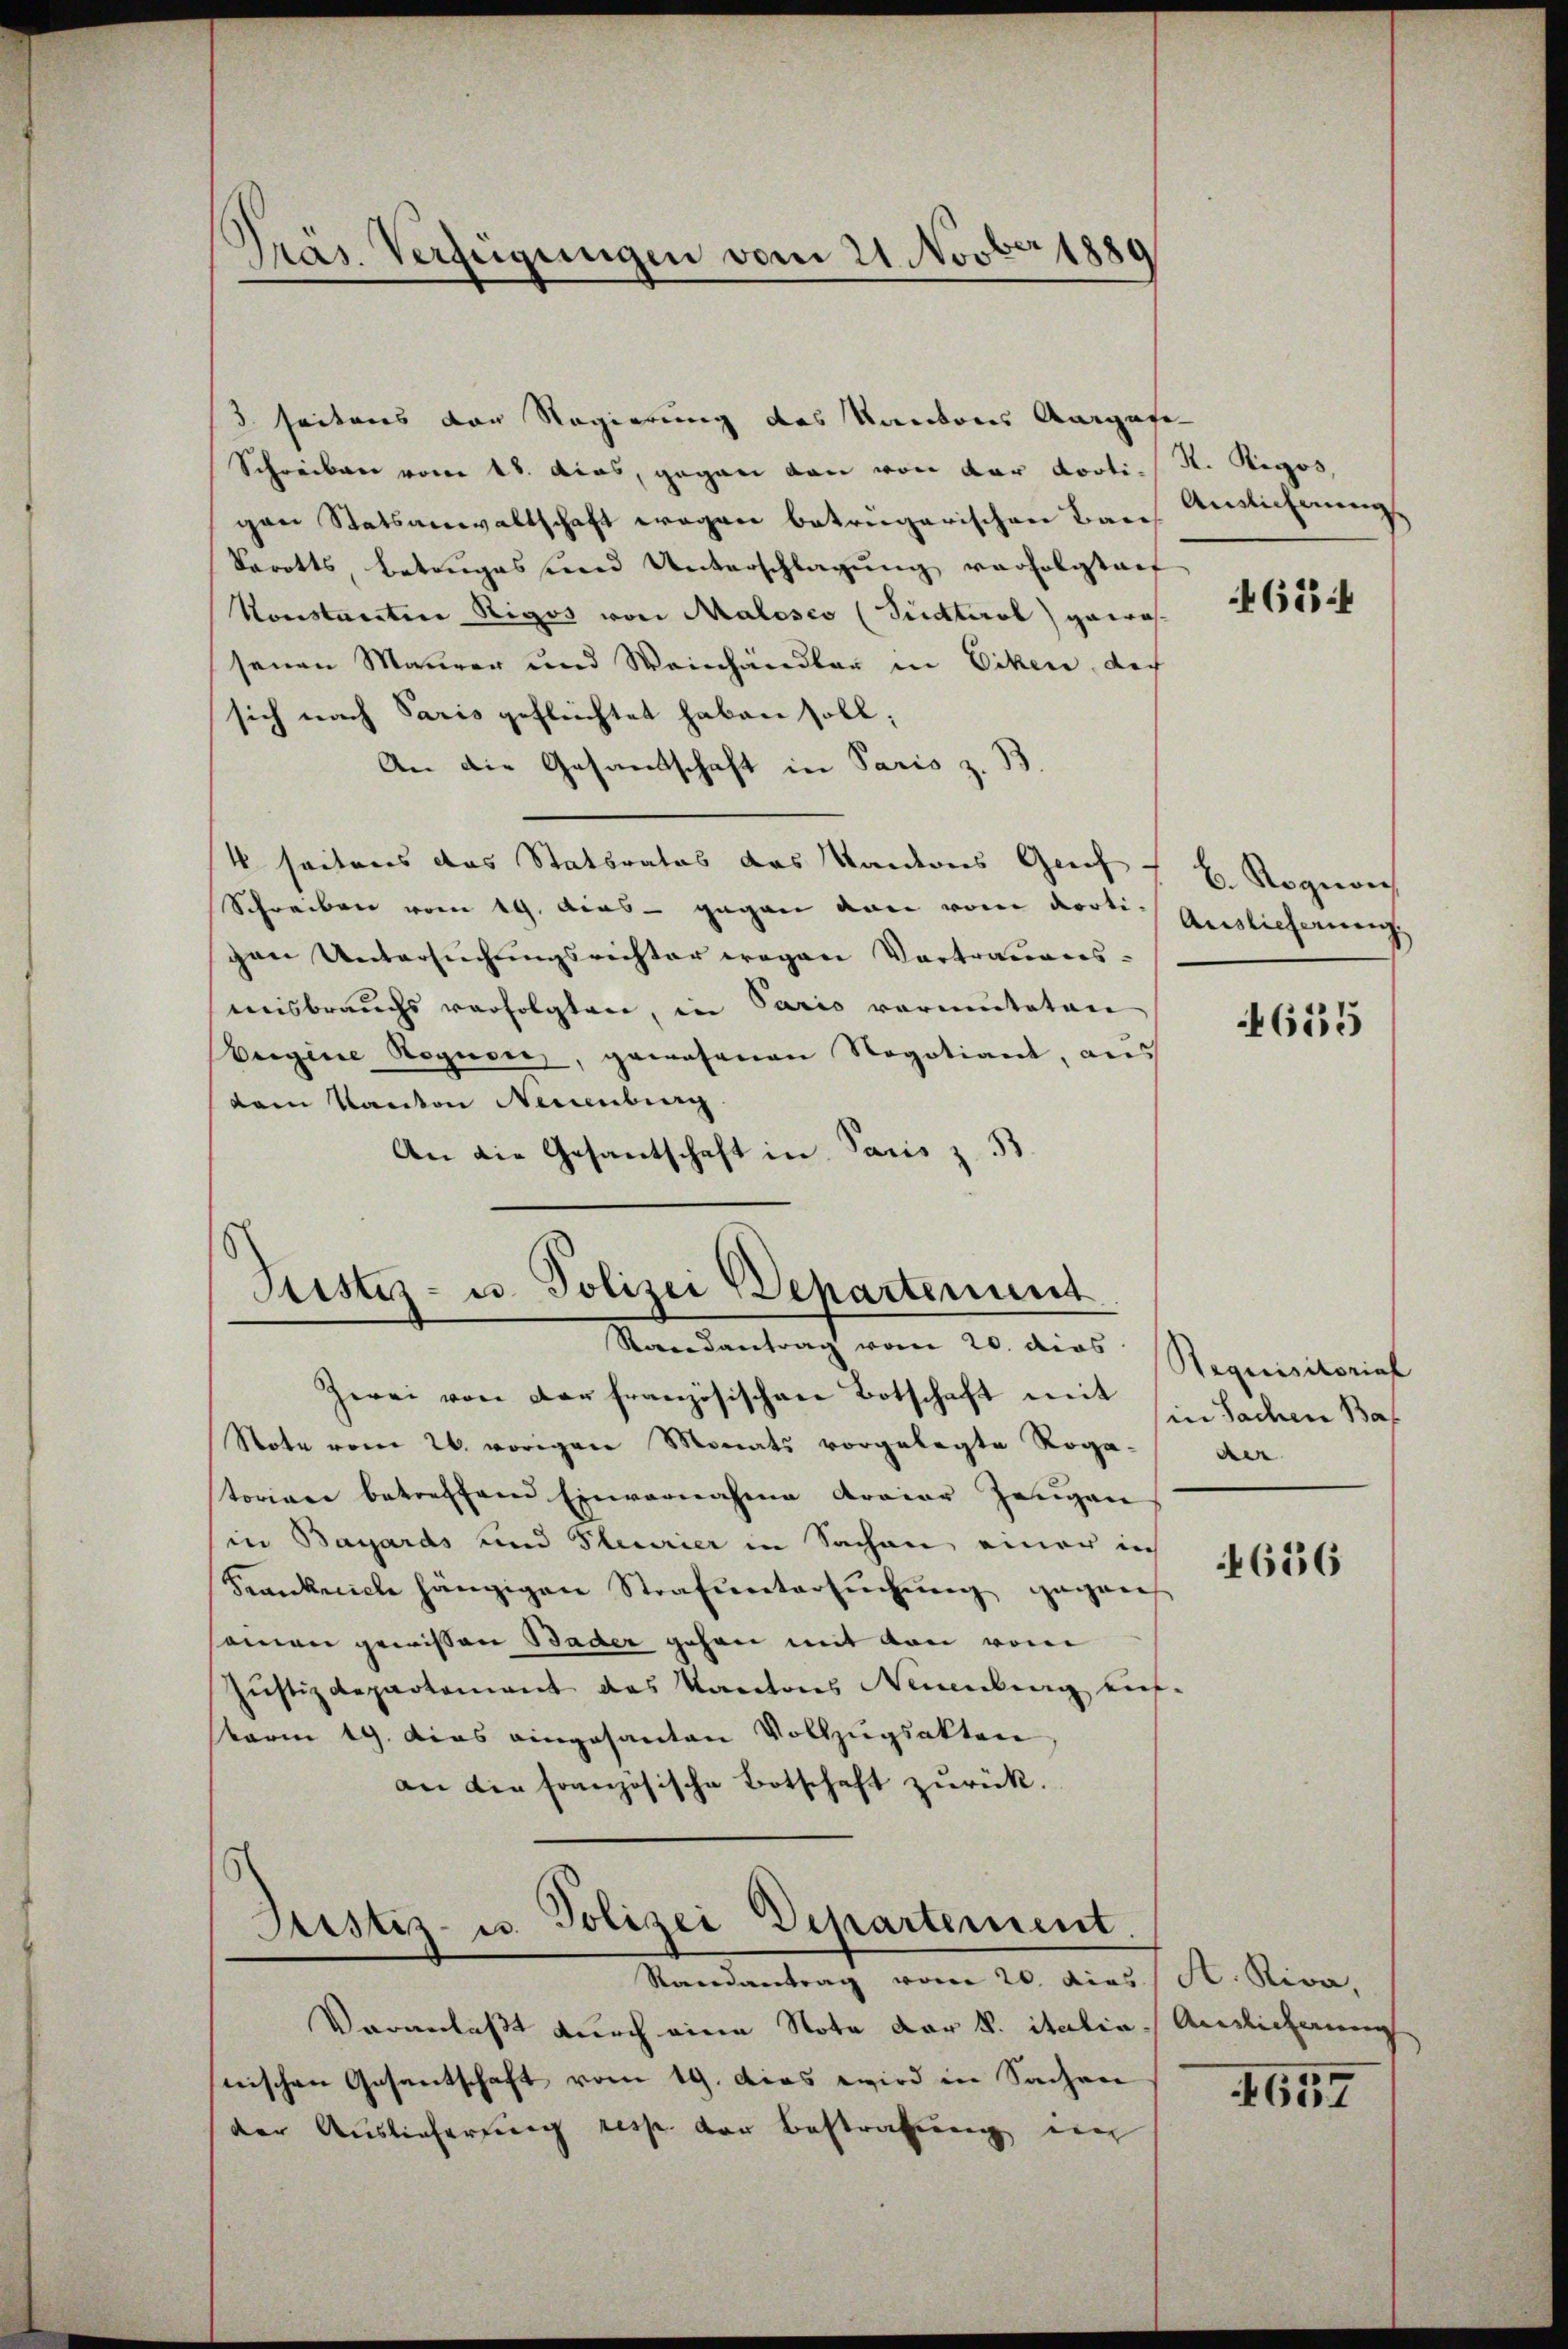
3 seitens der Regierung des Kantons Aargafe
Schreiben vom 18. dias, gegen den von der dortigen Statsanwaltschaft wegen betriegarischen Baue
Varotts, betruges und Unterschlagung verfolgtauf
Konstanten Rigos von Malesco (Südtirol gewohsenen Maurer und Weinhändler in Erken, der
sich nach Paris geflüchtet haben soll;
An die Gesandtschaft in Paris z. B
4 seitens das Statbrates das Kanderns Greif.
Schreiben vom 19. Aus - gegen von vom dorti-
gen Untersŭchŭngsrichter wegen Vortrauens-
misbrauchs verfolgten, in Paris vermuteten
Begine Rognon, gewesenen Negotiant, aus
dem Kanton Neuenburg
An die Gesantschaft in Paris z. 33.

Präs. Verfügungen vom 21 Novber 1889

Sistiz- u. Polizei Departement
Randantrag vom 20. dies Requisitorial

Zwei von der französischen Botschaft mit
Note vom 26. vorigen Monats vorgelegte Rogastorian betreffend Einvernahme arrier Zeugen
in Bayards und Pleurier in Sachen einer in
Krankreiche hängigen Strafuntersuchung gegen
samen gewissen Bader gehen mit von vom
Justizdepartement das Kantons Neuenburg entterm 19. Das eingesanten Vollzugsakten
an die französische Botschaft zurück.

Justiz- u. Polizei Departement
Randantrag vom 20. dies St. Riva,

Veranlaßt durch eine Note der K. italia Auslicherung
nischen Gesantschaft vom 19. Das wird in Sachen
der Auslieferung resp. der Bestrafung ein

R. Rigos,
Annlichnung.

654

E. Rognon
Auslieferung

655

in Sachen Bas
der

4656

657